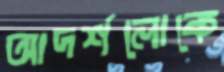
আদর্শলোকে